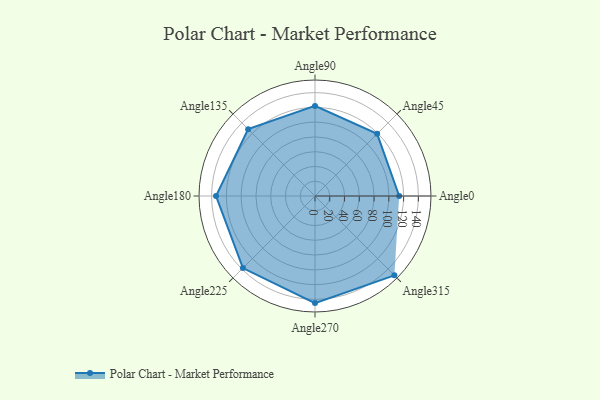
{"axis": {"x": "Angle", "y": "Radius"}, "legend": [""], "data": [{"x": "Angle0", "y": 114.0, "type": ""}, {"x": "Angle45", "y": 119.0, "type": ""}, {"x": "Angle90", "y": 122.0, "type": ""}, {"x": "Angle135", "y": 128.0, "type": ""}, {"x": "Angle180", "y": 134.0, "type": ""}, {"x": "Angle225", "y": 138.0, "type": ""}, {"x": "Angle270", "y": 145.0, "type": ""}, {"x": "Angle315", "y": 152.0, "type": ""}]}